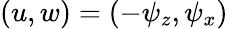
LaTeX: {(u,w)=(-\psi_{z},\psi_{x})}